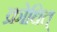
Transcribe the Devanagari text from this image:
क्रोधित्